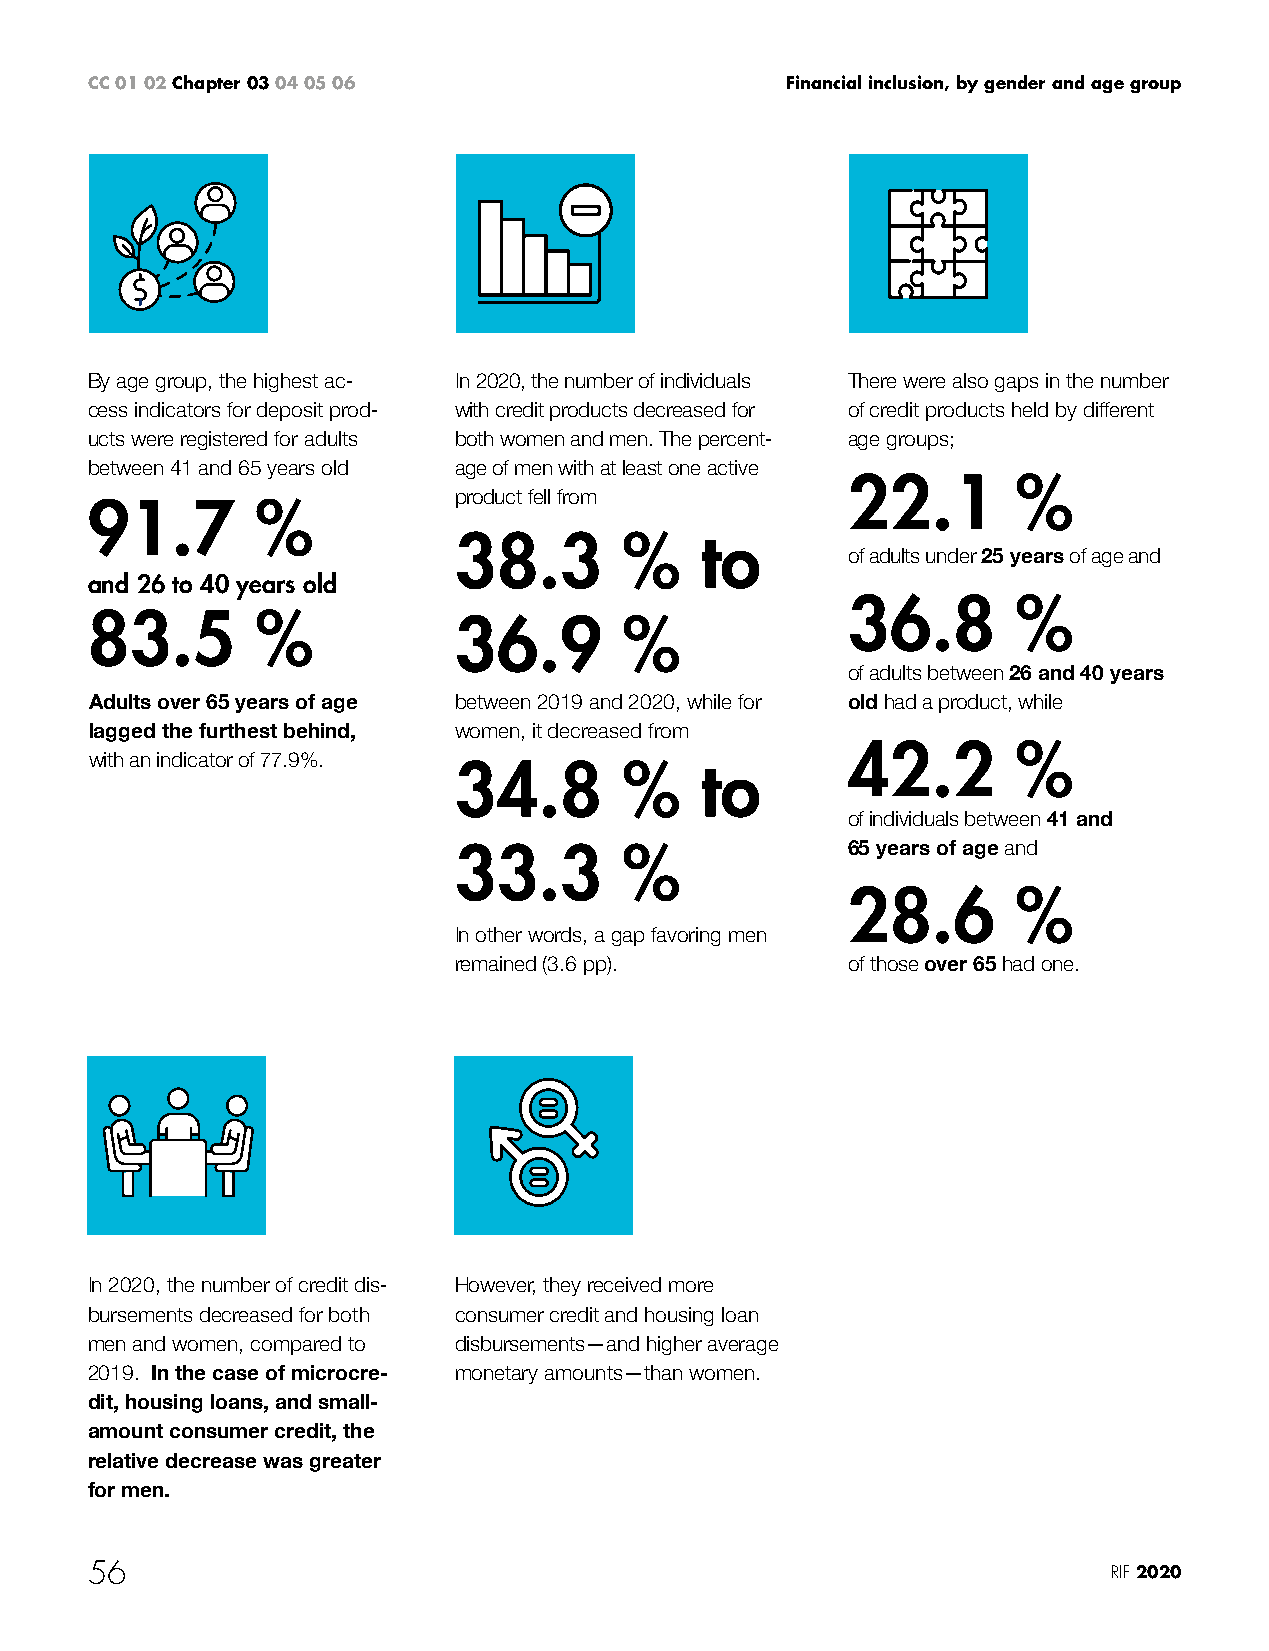
CC 01 02 Chapter 03 04 05 06                  Financial inclusion, by gender and age group
 By age group, the highest ac- In 2020, the number of individuals There were also gaps in the number
 cess indicators for deposit prod- with credit products decreased for of credit products held by different
 ucts were registered for adults both women and men. The percent- age groups;
 between 41 and 65 years old age of men with at least one active
 22.1       %
 product fell from
 91.7       %
 38.3       %    to
 of adults under 25 years of age and
 and 26 to 40 years old
 36.8       %
 83.5       %            36.9       %
 of adults between 26 and 40 years
 Adults over 65 years of age between 2019 and 2020, while for old had a product, while
 lagged the furthest behind, women, it decreased from
 42.2       %
 with an indicator of 77.9%.
 34.8       %    to
 of individuals between 41 and
 33.3       %              65 years of age and
 28.6       %
 In other words, a gap favoring men
 remained (3.6 pp).        of those over 65 had one.
 In 2020, the number of credit dis- However, they received more
 bursements decreased for both consumer credit and housing loan
 men and women, compared to disbursements—and higher average
 2019. In the case of microcre- monetary amounts—than women.
 dit, housing loans, and small-
 amount consumer credit, the
 relative decrease was greater
 for men.
 56                                                                  RIF 2020